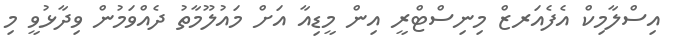
އިސްލާމިކް އެފެއަރޒް މިނިސްޓްރީ އިން މީޑިއާ އަށް މައުލޫމާތު ދެއްވަމުން ވިދާޅުވީ މި